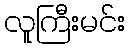
လူကြီးမင်း